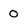
Character: 0